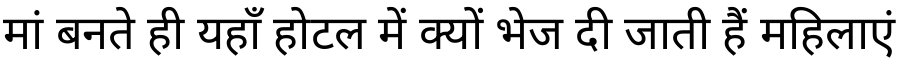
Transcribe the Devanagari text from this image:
मां बनते ही यहाँ होटल में क्यों भेज दी जाती हैं महिलाएं